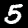
Digit: 5